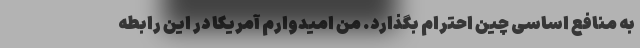
به منافع اساسی چین احترام بگذارد. من امیدوارم آمریکا در این رابطه